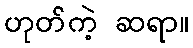
ဟုတ်ကဲ့ ဆရာ။